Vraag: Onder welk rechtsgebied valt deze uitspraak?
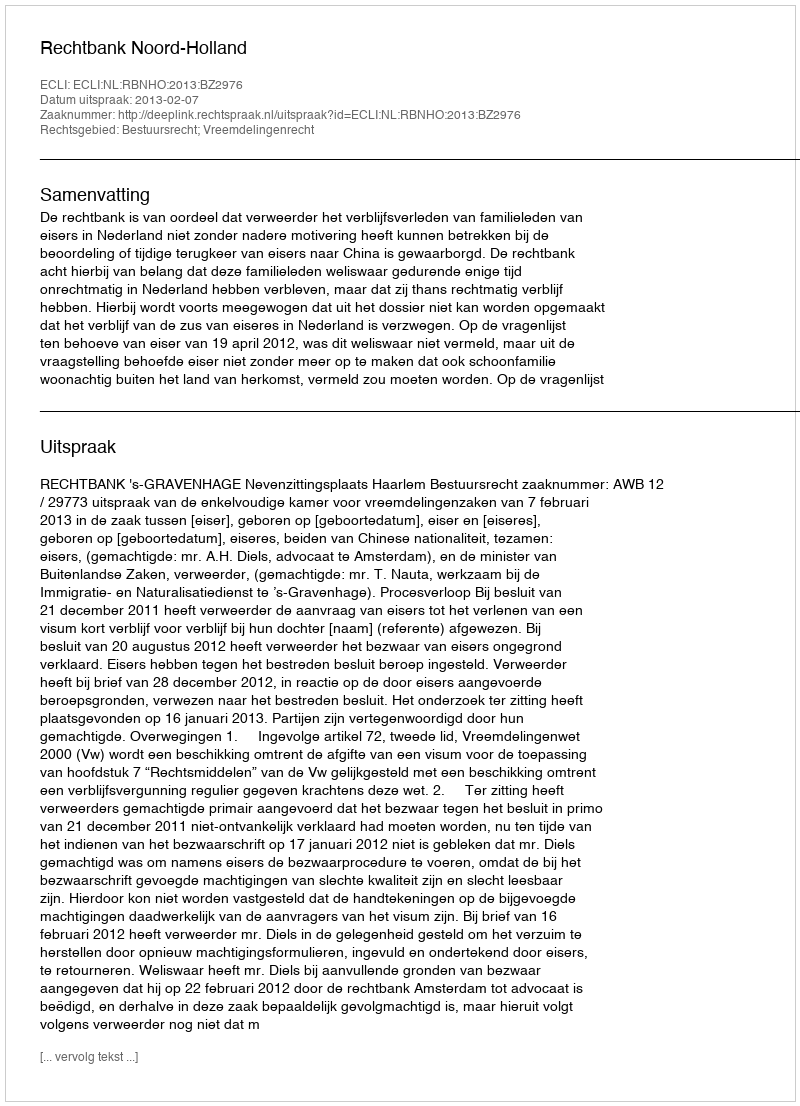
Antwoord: Bestuursrecht; Vreemdelingenrecht